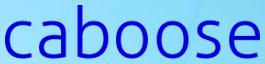
caboose